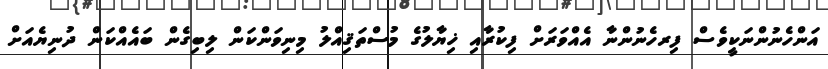
އަންހެނުންނަކީވެސް ފިރހެނުންނާ އެއްވަރަށް ފިކުރާއި ޚިޔާލުގެ މުސްތަޤިއްލު މިނިވަންކަން ލިބިގެން ބައެއްކަން ދުނިޔެއަށް